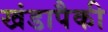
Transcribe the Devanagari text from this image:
खंडापैकी